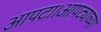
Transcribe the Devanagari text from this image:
आपटा।आपट्याच्या